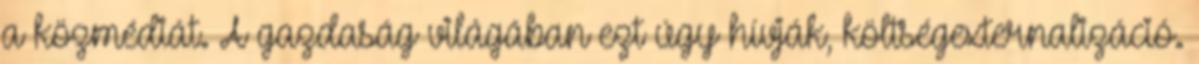
a közmédiát. A gazdaság világában ezt úgy hívják, költségexternalizáció.